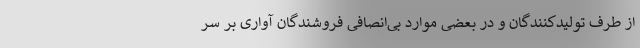
از طرف تولیدکنندگان و در بعضی موارد بی‌انصافی فروشندگان آواری بر سر